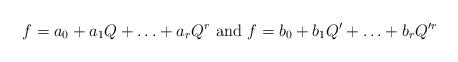
LaTeX: \begin{align*}f=a_0+a_1Q+\ldots+a_rQ^r\mbox{ and }f=b_0+b_1Q'+\ldots+b_rQ'^r\end{align*}